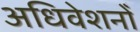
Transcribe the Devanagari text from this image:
अधिवेशनोँ